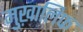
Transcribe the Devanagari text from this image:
मुख़ालिफ